Indian journal of veterinary science and animal husbandry - Volumes 18-21, 1948-1951
Year: 1948
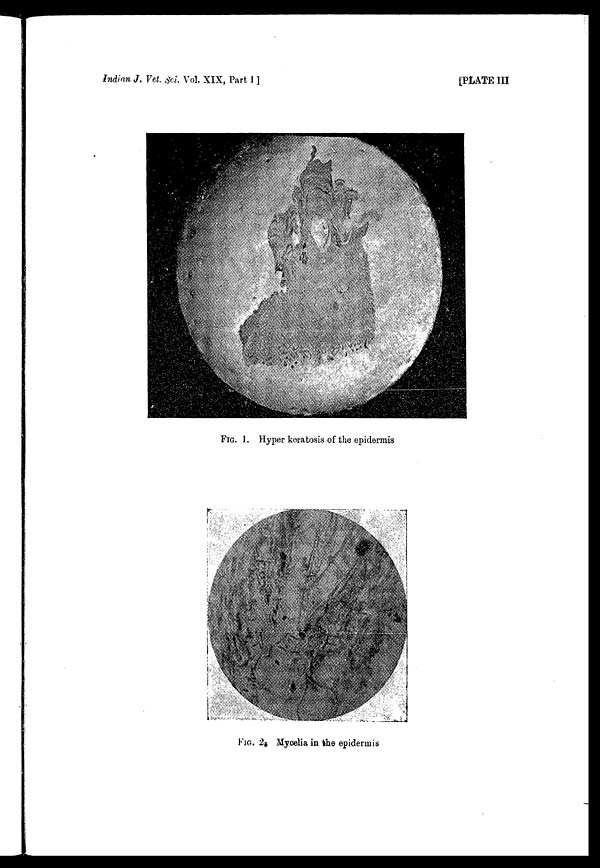
Indian J. Vet. Sci. Vol. XIX, Part I]
[PLATE III
FIG. 1. Hyper keratosis of the epidermis
FIG. 2. Mycelia in the epidermis